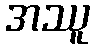
အဿူ